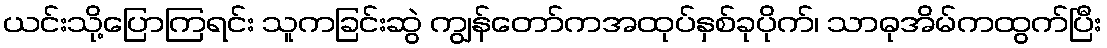
ယင်းသို့ပြောကြရင်း သူကခြင်းဆွဲ ကျွန်တော်ကအထုပ်နှစ်ခုပိုက်၊ သာဓုအိမ်ကထွက်ပြီး